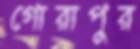
গোরাপুর